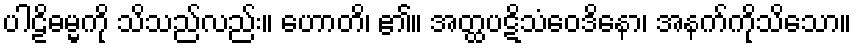
ပါဠိဓမ္မကို သိသည်လည်း။ ဟောတိ၊ ၏။ အတ္ထပဋိသံဝေဒိနော၊ အနက်ကိုသိသော။